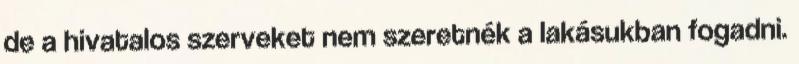
de a hivatalos szerveket nem szeretnék a lakásukban fogadni.